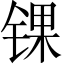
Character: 锞